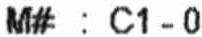
M# : C1 - 0